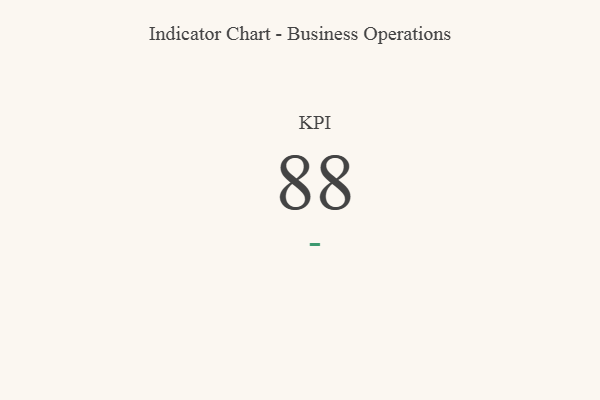
{"axis": {"x": "KPI", "y": "Value"}, "legend": [""], "data": [{"x": "KPI", "y": 88, "type": ""}]}